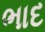
ભાદ